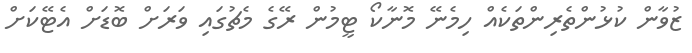
ޒުވާން ކުޅުންތެރިންތަކެއް ހިމެނޭ މޮނާކޯ ޓީމުން ރޭގެ މެޗުގައި ވަރަށް ބޮޑަށް އެޓޭކަށް